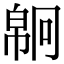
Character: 𢄗